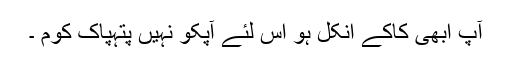
آپ ابھی کاکے انکل ہو اس لئے آپکو نہیں پتہپاک کوم ۔